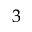
3